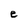
Character: e